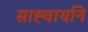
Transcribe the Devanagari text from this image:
साह्चार्याने